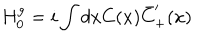
H _ { 0 } ^ { g } = i \int d x C ( x ) \bar { C } _ { + } ^ { \prime } ( x )